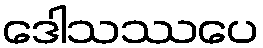
ဒေါသဿပေ